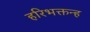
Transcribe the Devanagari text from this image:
हरिभक्तन्ह